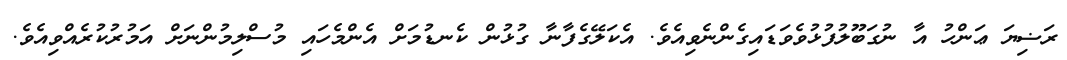
ރަޟިޔަ ޢަންހު އާ ނުގަބޫލުފުޅުވެވަޑައިގެންނެވިއެވެ. އެކަލޭގެފާނާ ގުޅުން ކެނޑުމަށް އެންމެހައި މުސްލިމުންނަށް އަމުރުކުރެއްވިއެވެ.